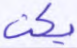
يكن